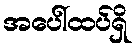
အပေါ်ထပ်ရှိ